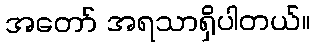
အတော် အရသာရှိပါတယ်။